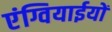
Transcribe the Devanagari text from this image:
एंग्वियाईयों